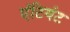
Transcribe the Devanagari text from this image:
एंटियंट